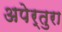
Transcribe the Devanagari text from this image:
अपेर्तुरा